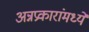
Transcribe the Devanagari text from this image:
अन्नप्रकारांमध्ये